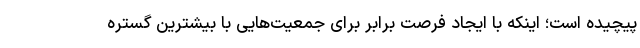
پیچیده است؛ اینکه با ایجاد فرصت برابر برای جمعیت‌هایی با بیشترین گستره